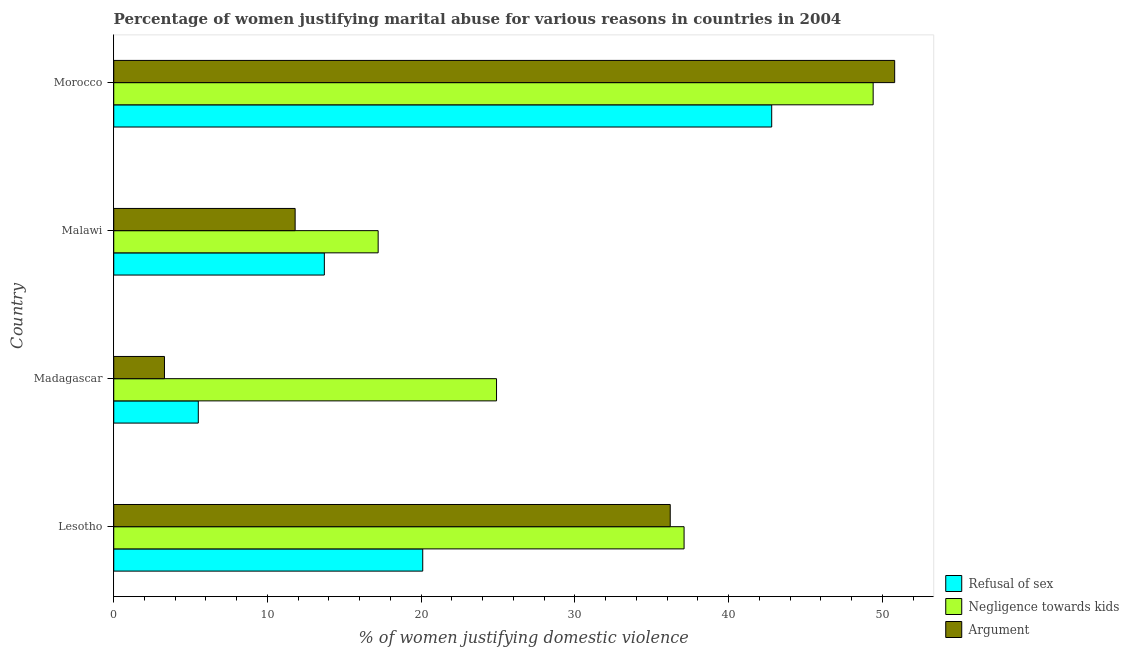
| Country | Refusal of sex | Negligence towards kids | Argument |
 | --- | --- | --- | --- |
 | Lesotho | 20.1 | 37.1 | 36.2 |
 | Madagascar | 5.5 | 24.9 | 3.3 |
 | Malawi | 13.7 | 17.2 | 11.8 |
 | Morocco | 42.8 | 49.4 | 50.8 |